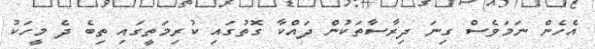
އެހެން ނަމަވެސް ގިނަ ދިރާސާތަކުން ދައްކާ ގޮތުގައި ކުރިމަތީގައި ތިބެ ދެ މީހަކު